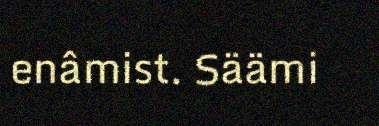
enâmist. Säämi